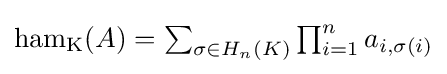
{\textstyle \operatorname {ham_{K}} (A)=\sum _{\sigma \in H_{n}(K)}\prod _{i=1}^{n}a_{i,\sigma (i)}}